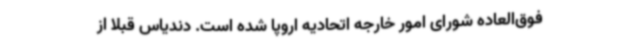
فوق‌العاده شورای امور خارجه اتحادیه اروپا شده است. دندیاس قبلا از